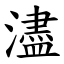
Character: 濜